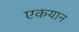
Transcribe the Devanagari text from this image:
एकयान